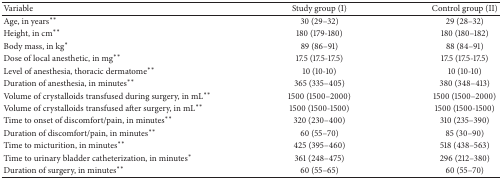
<table><thead><tr><td><b>Variable</b></td><td><b>Study group (I)</b></td><td><b>Control group (II)</b></td></tr></thead><tbody><tr><td>Age, in years<sup><i>∗∗</i></sup></td><td>30 (29–32)</td><td>29 (28–32)</td></tr><tr><td>Height, in cm<sup><i>∗∗</i></sup></td><td>180 (179-180)</td><td>180 (180–182)</td></tr><tr><td>Body mass, in kg<sup><i>∗</i></sup></td><td>89 (86–91)</td><td>88 (84–91)</td></tr><tr><td>Dose of local anesthetic, in mg<sup><i>∗∗</i></sup></td><td>17.5 (17.5-17.5)</td><td>17.5 (17.5-17.5)</td></tr><tr><td>Level of anesthesia, thoracic dermatome<sup><i>∗∗</i></sup></td><td>10 (10-10)</td><td>10 (10-10)</td></tr><tr><td>Duration of anesthesia, in minutes<sup><i>∗∗</i></sup></td><td>365 (335–405)</td><td>380 (348–413)</td></tr><tr><td>Volume of crystalloids transfused during surgery, in mL<sup><i>∗∗</i></sup></td><td>1500 (1500–2000)</td><td>1500 (1500–2000)</td></tr><tr><td>Volume of crystalloids transfused after surgery, in mL<sup><i>∗∗</i></sup></td><td>1500 (1500-1500)</td><td>1500 (1500-1500)</td></tr><tr><td>Time to onset of discomfort/pain, in minutes<sup><i>∗∗</i></sup></td><td>320 (230–400)</td><td>310 (235–390)</td></tr><tr><td>Duration of discomfort/pain, in minutes<sup><i>∗∗</i></sup></td><td>60 (55–70)</td><td>85 (30–90)</td></tr><tr><td>Time to micturition, in minutes<sup><i>∗∗</i></sup></td><td>425 (395–460)</td><td>518 (438–563)</td></tr><tr><td>Time to urinary bladder catheterization, in minutes<sup><i>∗</i></sup></td><td>361 (248–475)</td><td>296 (212–380)</td></tr><tr><td>Duration of surgery, in minutes<sup><i>∗∗</i></sup></td><td>60 (55–65)</td><td>60 (55–70)</td></tr></tbody></table>